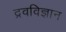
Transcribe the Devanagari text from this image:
द्रवविज्ञान